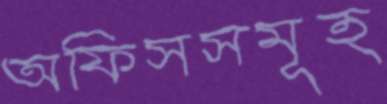
অফিসসমূহ